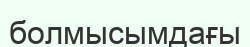
болмысымдағы